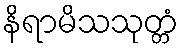
နိရာမိသသုတ္တံ